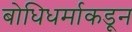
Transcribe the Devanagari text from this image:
बोधिधर्माकडून